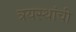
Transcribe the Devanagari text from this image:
त्रयस्थांची